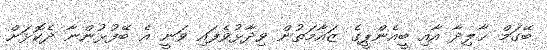
ބޭގަމް ޚާލިދާ އާއި ބީއެންޕީގެ ޒައާމަތުން ވިދާޅުވެފައި ވަނީ އެ ބޭފުޅުންނާ ދެކޮޅަށް